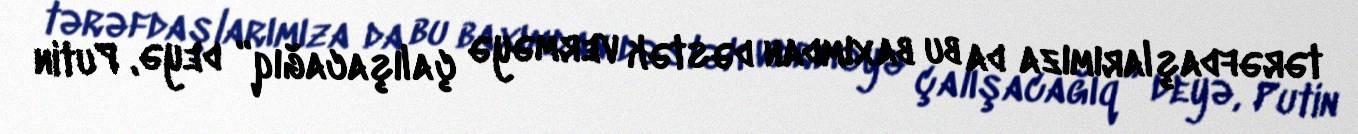
tərəfdaşlarımıza da bu baxımdan dəstək verməyə çalışacağıq” deyə, Putin